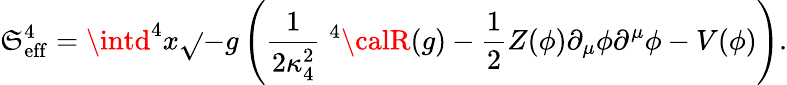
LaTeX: \mathfrak{S}_{\mathrm{{eff}}}^{4}=\intd^{4}x\sqrt{}{{-g}}\left(\frac{{1}}{{2\kappa_{4}^{2}}}\; ^{4}{\calR}(g)-\frac{{1}}{{2}}Z(\phi)\partial_{\mu}\phi\partial^{\mu}\phi-V(\phi)\right).